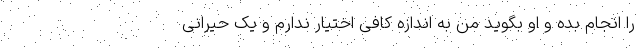
را انجام بده و او بگوید من به اندازه کافی اختیار ندارم و یک حیرانی